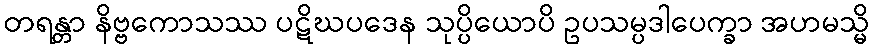
တရန္တာ နိဗ္ဗကောသဿ ပဋိဃပဒေန သုပ္ပိယောပိ ဥပသမ္ပဒါပေက္ခာ အဟမသ္မိ